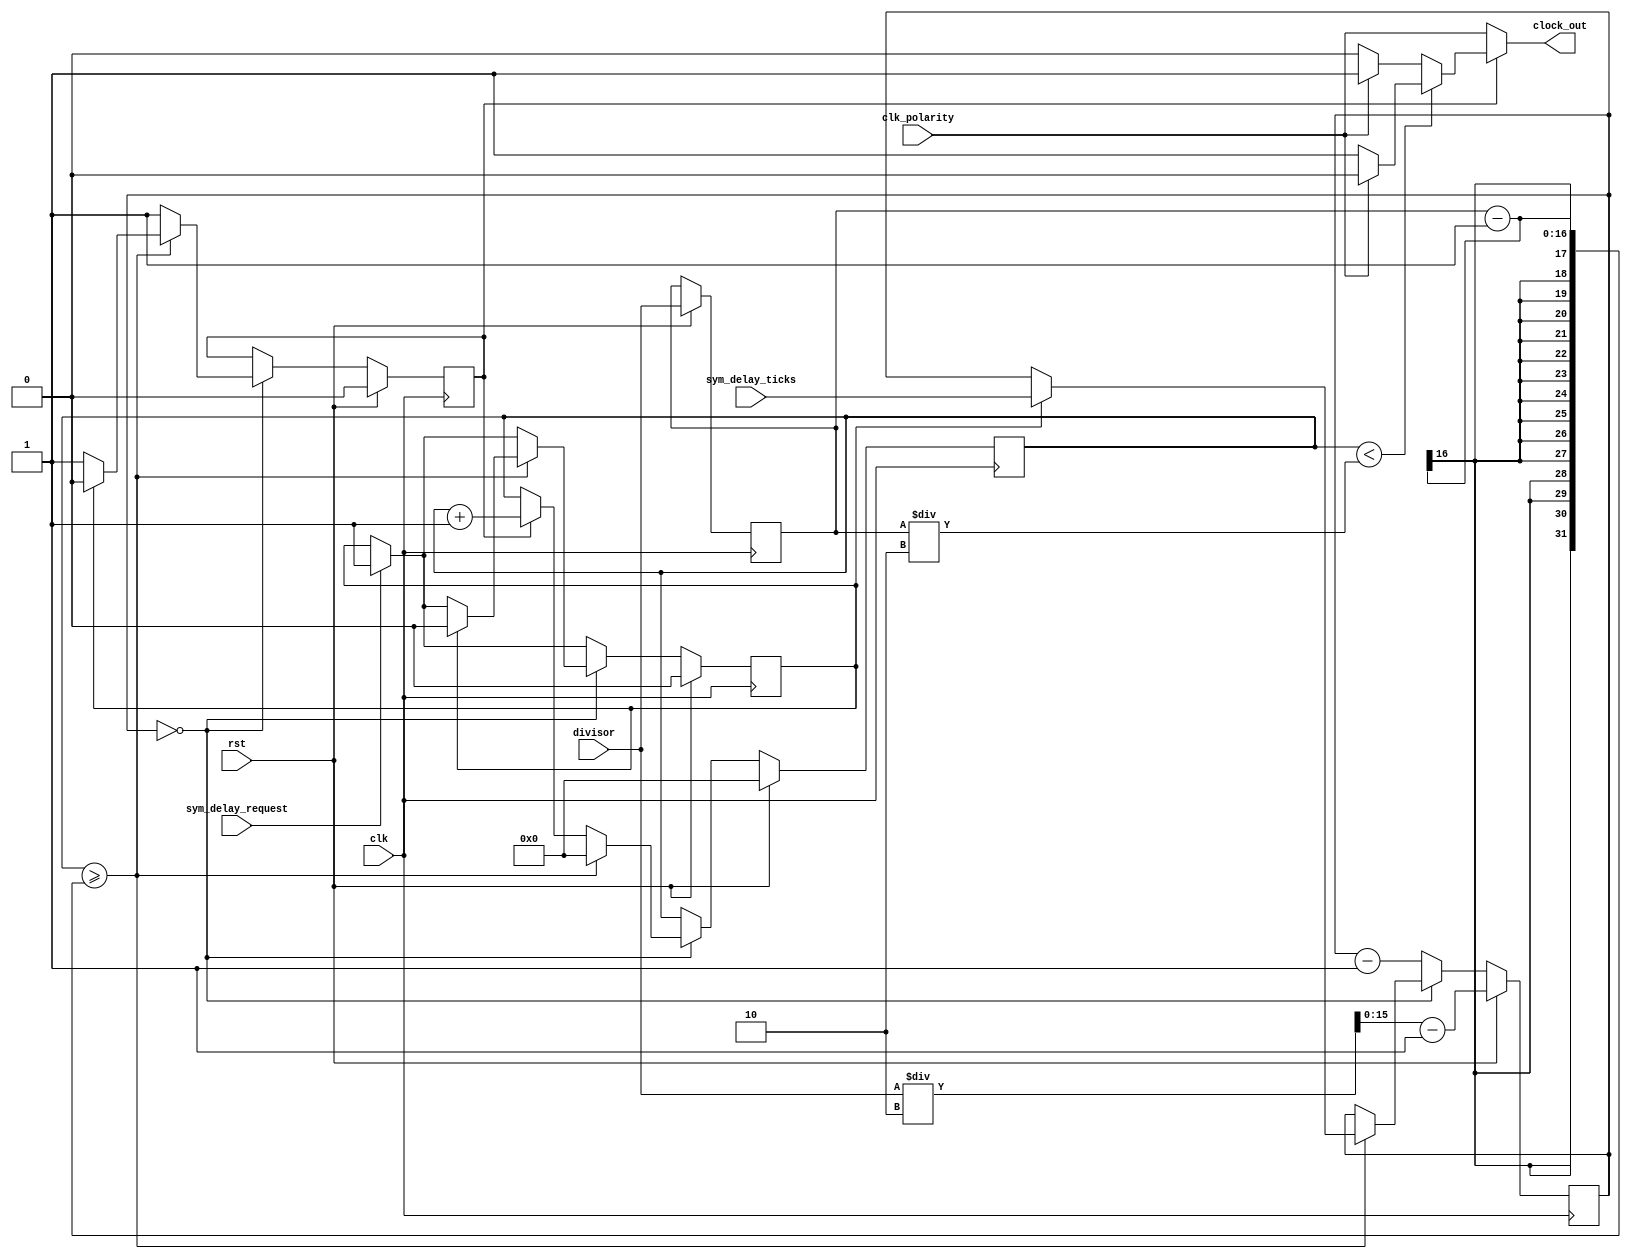
/*
 * Copyright (c) 2019, Arm Limited and affiliates.
 * SPDX-License-Identifier: Apache-2.0
 *
 * Licensed under the Apache License, Version 2.0 (the "License");
 * you may not use this file except in compliance with the License.
 * You may obtain a copy of the License at
 *
 * http://www.apache.org/licenses/LICENSE-2.0
 *
 * Unless required by applicable law or agreed to in writing, software
 * distributed under the License is distributed on an "AS IS" BASIS,
 * WITHOUT WARRANTIES OR CONDITIONS OF ANY KIND, either express or implied.
 * See the License for the specific language governing permissions and
 * limitations under the License.
 */

// The frequency of the clock_out = The frequency of the clk divided by divisor
//
// clk - base clock
// rst - reset line
// clock_out - output clock
// divisor - base clock divisor
// clk_polarity - clock polarity (0 - iddle state low, 1- idle state high)
// sym_delay_request - request delay between symbols
// sym_delay_ticks - delay between symbols in FPGA ticks (1 tick == 10 ns)
//
// example: Base clock = 100MHz
//          output clock 1 MHz: divisor = 100
module clock_divider
     (
        input wire clk,
        input wire rst,
        output wire clock_out,
        input wire [15:0] divisor,
        input wire clk_polarity,
        input wire sym_delay_request,
        input wire [15:0] sym_delay_ticks
    );
    reg [15:0] counter;
    reg [15:0] delay;
    reg [15:0] divisor_reg;
    reg start_reg;
    reg sym_delay_request_reg;

    assign clock_out = start_reg ? ((counter < (divisor_reg / 2)) ? (clk_polarity ? 1'b0 : 1'b1) : (clk_polarity ? 1'b1 : 1'b0)) : clk_polarity;

    always @(posedge clk) begin
        if (!rst) begin
            if (sym_delay_request) begin
                sym_delay_request_reg <= 1;
            end
            if (delay == 0) begin
                start_reg <= 1;
                if (start_reg) counter <= counter + 16'd1;
                if (counter >= (divisor_reg - 1)) begin
                    counter <= 16'd0;
                    if (sym_delay_request_reg) begin
                        delay <= sym_delay_ticks; // delay between symbols
                        sym_delay_request_reg <= 0;
                        start_reg <= 0;
                    end
                end
            end else begin
                delay <= delay - 1;
            end
        end else begin
            counter <= 0;
            divisor_reg <= divisor;
            delay <= ((divisor / 2) - 1); // 1 spi clock period between cs and first sclk edge
            start_reg <= 0;
            sym_delay_request_reg <= 0;
        end
    end

endmodule